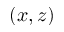
( x , z )